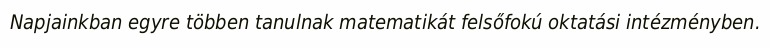
Napjainkban egyre többen tanulnak matematikát felsőfokú oktatási intézményben.